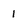
Character: 1